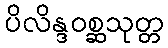
ပိလိန္ဒဝစ္ဆသုတ္တ